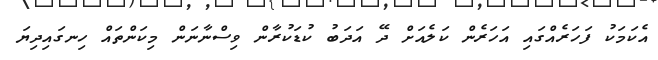
އެކަމަކު ފަހަރެއްގައި އަހަރެން ކަލެއަށް ދޭ އަދަބު ކުޑަކުރާން ވިސްނާނަން މިކަންތައް ހިނގައިދިޔަ